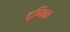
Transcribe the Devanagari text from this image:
दृष्यिक